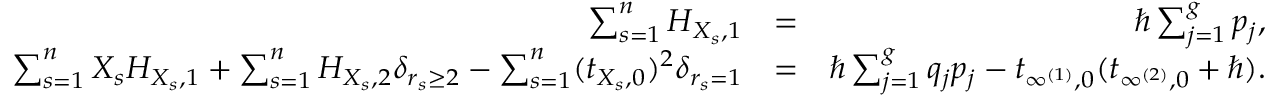
\begin{array} { r l r } { \sum _ { s = 1 } ^ { n } H _ { X _ { s } , 1 } } & { = } & { \hbar \sum _ { j = 1 } ^ { g } p _ { j } , } \\ { \sum _ { s = 1 } ^ { n } X _ { s } H _ { X _ { s } , 1 } + \sum _ { s = 1 } ^ { n } H _ { X _ { s } , 2 } \delta _ { r _ { s } \geq 2 } - \sum _ { s = 1 } ^ { n } ( t _ { X _ { s } , 0 } ) ^ { 2 } \delta _ { r _ { s } = 1 } } & { = } & { \hbar \sum _ { j = 1 } ^ { g } q _ { j } p _ { j } - t _ { \infty ^ { ( 1 ) } , 0 } ( t _ { \infty ^ { ( 2 ) } , 0 } + \hbar ) . } \\ & { } & \end{array}